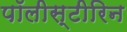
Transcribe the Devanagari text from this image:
पॉलीस्टीरिन